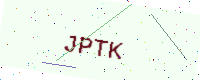
Text: JPTK